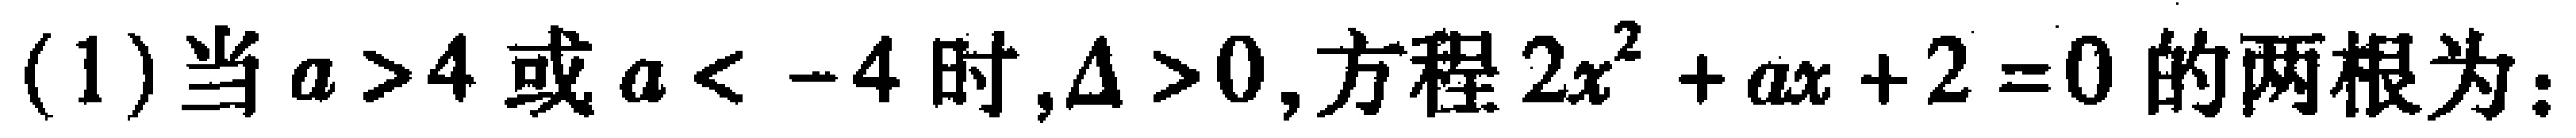
(1)当$a>4$或$a<-4$时,$\Delta>0$,方程$2x^{2}+ax + 2 = 0$的两根为：